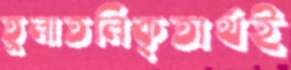
তুলাতলিকৃতার্থই